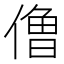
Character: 𰂬